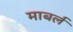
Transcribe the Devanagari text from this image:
माबर्ल